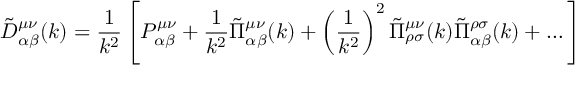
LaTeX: \tilde { D } _ { \alpha \beta } ^ { \mu \nu } ( k ) = \frac 1 { k ^ { 2 } } \left[ P _ { \alpha \beta } ^ { \mu \nu } + \frac 1 { k ^ { 2 } } \tilde { \Pi } _ { \alpha \beta } ^ { \mu \nu } ( k ) + \left( \frac 1 { k ^ { 2 } } \right) ^ { 2 } \tilde { \Pi } _ { \rho \sigma } ^ { \mu \nu } ( k ) \tilde { \Pi } _ { \alpha \beta } ^ { \rho \sigma } ( k ) + \dots \right]